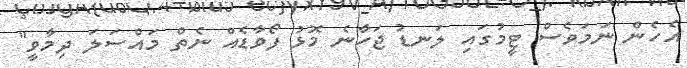
އެހެން ނަމަވެސް ޓީމުގައި ލަނޑު ޖަހާނެ މޮޅު ފޯވާޑެއް ނެތް މައްސަލަ ދިމާވީ"